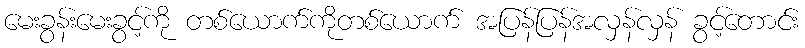
မေးခွန်းမေးခွင့်ကို တစ်ယောက်ကိုတစ်ယောက် အပြန်ပြန်အလှန်လှန် ခွင့်တောင်း